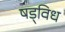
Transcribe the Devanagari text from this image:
षड्विध